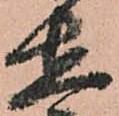
在